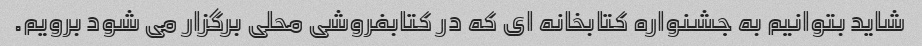
شاید بتوانیم به جشنواره کتابخانه ای که در کتابفروشی محلی برگزار می شود برویم.